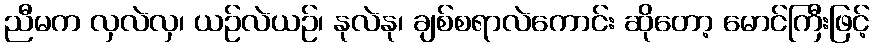
ညီမက လှလဲလှ၊ ယဉ်လဲယဉ်၊ နုလဲနု၊ ချစ်စရာလဲကောင်း ဆိုတော့ မောင်ကြီးဖြင့်